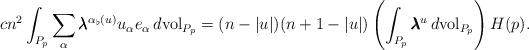
LaTeX: \begin{align*}cn^2\int_{P_p}\sum_{\alpha}\pmb{\lambda}^{\alpha_{\flat}(u)}u_{\alpha}e_{\alpha}\,d{\rm vol}_{P_p}=(n-|u|)(n+1-|u|)\left( \int_{P_p}\pmb{\lambda}^u\,d{\rm vol}_{P_p}\right) H(p). \end{align*}